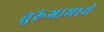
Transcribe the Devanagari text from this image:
तुरूंगामध्ये